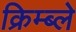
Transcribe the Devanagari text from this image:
क्रिम्ब्ले